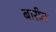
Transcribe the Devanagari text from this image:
बारीत